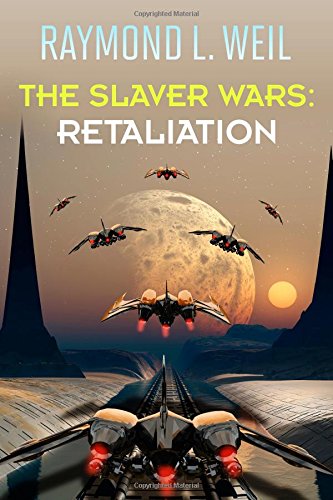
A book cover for The Slaver Wars: Retaliation (Volume 5); Raymond L. Weil; Science Fiction & Fantasy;